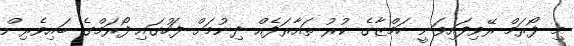
މި ފޯރަމް ރޭވިފައިވަނީ ހަމްޒާގެ ކުރު ތައާރަފެއް ދިނުމަށް ފަހުގައި ފޯރަމްގެ ބައިވެރިން